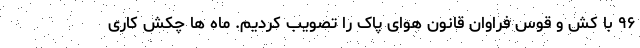
۹۶ با کش و قوس فراوان قانون هوای پاک را تصویب کردیم. ماه ها چکش کاری